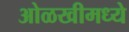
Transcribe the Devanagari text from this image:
ओळखीमध्ये